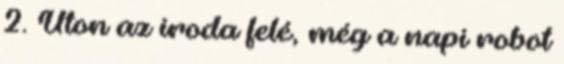
2. Úton az iroda felé, még a napi robot